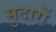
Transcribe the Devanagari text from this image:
मुदारों